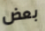
بعض